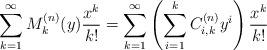
LaTeX: \begin{align*}\sum_{k=1}^\infty M_k^{(n)}(y)\frac{x^k}{k!}=\sum_{k=1}^\infty\left(\sum_{i=1}^k C_{i,k}^{(n)}y^i\right)\frac{x^k}{k!}\end{align*}